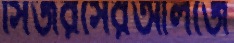
সিজরসেরআলজে